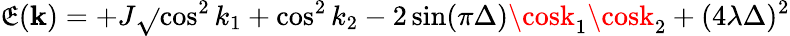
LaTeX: \mathfrak{E}({\mathbf{k}})=+J\sqrt{}{{\cos^{2}k_{1}+\cos^{2}k_{2}-2\sin(\pi\Delta)\cosk_{1}\cosk_{2}+(4\lambda\Delta)^{2}}}